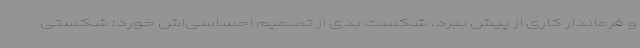
و فرماندار کاری از پیش ببرد، شکست بدی از تصمیم احساسی‌اش خورد؛ شکستی